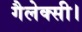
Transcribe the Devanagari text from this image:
गैलेक्सी।